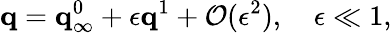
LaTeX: {\mathbf q}={\mathbf q}_{\infty}^{0}+\epsilon{\mathbf q}^{1}+\mathcal{O}(\epsilon^{2}),\quad\epsilon\ll 1,